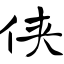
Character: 侠